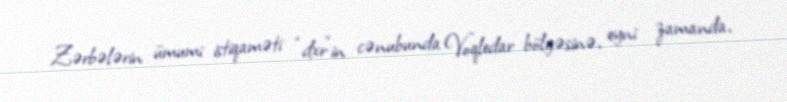
Zərbələrin ümumi istiqaməti “dxr”in cənubunda Voqledar bölgəsinə, eyni zamanda,